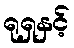
ရုရှနှင့်